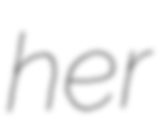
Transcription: her